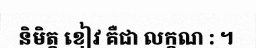
និមិត្ត ខៀវ គឺជា លក្ខណ : ។